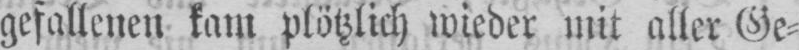
gefallenen kam plötzlich wieder mit aller Ge⸗